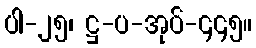
ပါ-၂၅၊ ဋ္ဌ-ပ-အုပ်-၄၄၅။